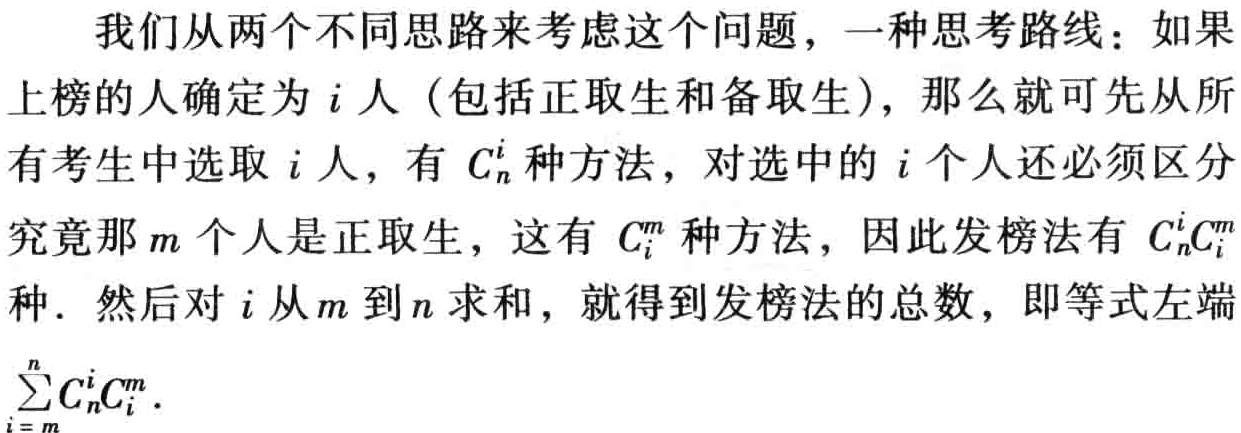
我们从两个不同思路来考虑这个问题，一种思考路线：如果上榜的人确定为\(i\)人（包括正取生和备取生），那么就可先从所有考生中选取\(i\)人，有\(C_{n}^{i}\)种方法，对选中的\(i\)个人还必须区分究竟那\(m\)个人是正取生，这有\(C_{i}^{m}\)种方法，因此发榜法有\(C_{n}^{i}C_{i}^{m}\)种．然后对\(i\)从\(m\)到\(n\)求和，就得到发榜法的总数，即等式左端\(\sum_{i = m}^{n}C_{n}^{i}C_{i}^{m}\)．